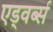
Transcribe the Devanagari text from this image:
एड्वर्ब्स